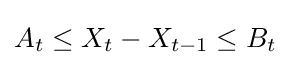
A_{t}\leq X_{t}-X_{t-1}\leq B_{t}